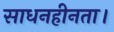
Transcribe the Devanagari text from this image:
साधनहीनता।